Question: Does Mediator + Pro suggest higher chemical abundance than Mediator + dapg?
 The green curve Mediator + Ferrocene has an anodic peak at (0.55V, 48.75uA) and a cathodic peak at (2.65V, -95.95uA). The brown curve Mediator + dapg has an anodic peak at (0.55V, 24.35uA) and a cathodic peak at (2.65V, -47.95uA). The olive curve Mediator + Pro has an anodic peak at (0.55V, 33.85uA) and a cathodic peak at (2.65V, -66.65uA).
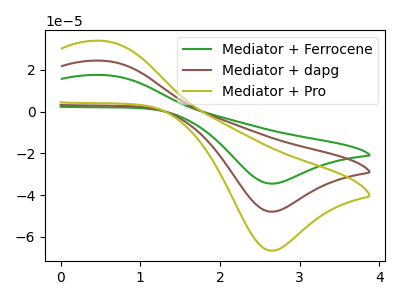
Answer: <think>All the peaks in "Mediator + Pro" have a peak in "Mediator + dapg" at the same potential. Every peak in "Mediator + Pro" is higher than every peak in "Mediator + dapg".
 </think>
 <answer>"Mediator + Pro" has more signal than "Mediator + dapg".</answer>
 <eval>more_signal</eval>